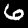
Label: 6